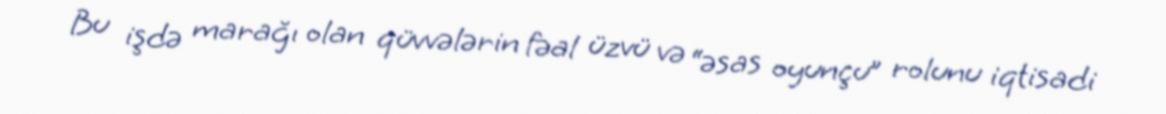
Bu işdə marağı olan qüvvələrin fəal üzvü və “əsas oyunçu” rolunu iqtisadi